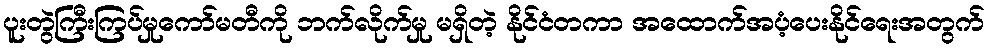
ပူးတွဲကြီးကြပ်မှုကော်မတီကို ဘက်လိုက်မှု မရှိတဲ့ နိုင်ငံတကာ အထောက်အပံ့ပေးနိုင်ရေးအတွက်